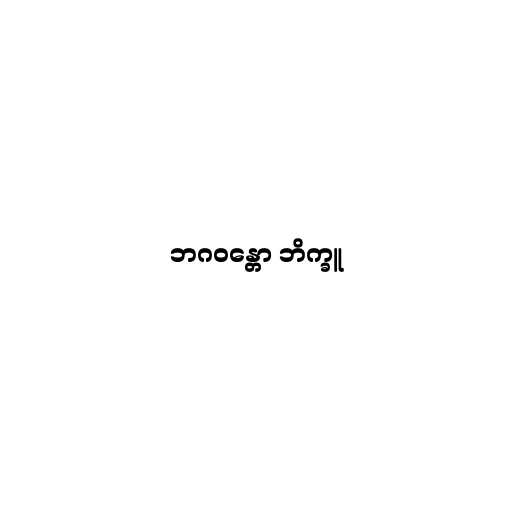
ဘဂဝန္တော ဘိက္ခူ